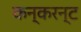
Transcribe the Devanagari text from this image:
कन्करन्ट